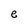
Character: e